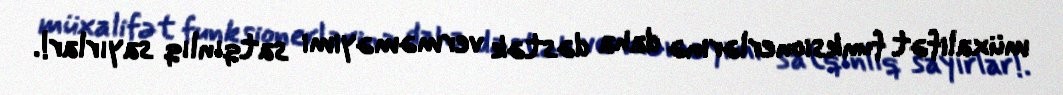
müxalifət funksionerlərinə daha dəstək verməməyimi satqınlıq sayırlar!.